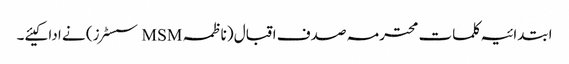
ابتدائیہ کلمات محترمہ صدف اقبال (ناظمہ MSM سسٹرز) نے ادا کیئے۔